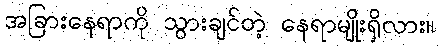
အခြားနေရာကို သွားချင်တဲ့ နေရာမျိုးရှိလား။